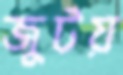
জুটয়